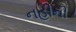
નહીની